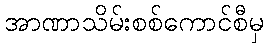
အာဏာသိမ်းစစ်ကောင်စီမှ